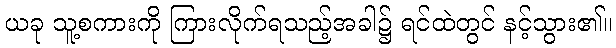
ယခု သူ့စကားကို ကြားလိုက်ရသည့်အခါ၌ ရင်ထဲတွင် နင့်သွား၏။